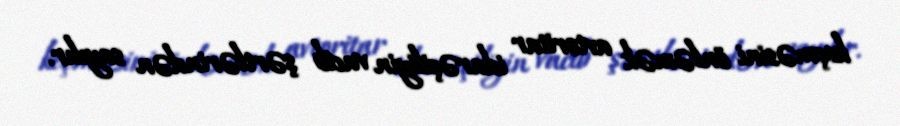
keçməsini önləmək avtoritar idarəçiliyin vacib şərtlərindən sayılır.